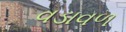
વડાવળ